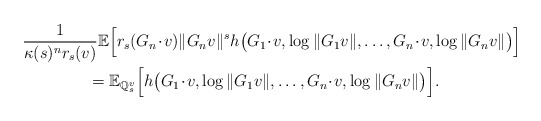
\begin{align*} &\frac{1}{\kappa(s)^{n} r_{s}(v)}\mathbb{E} \Big[ r_{s}(G_n \!\cdot\! v) \| G_n v\|^s h\big( G_1 \!\cdot\! v, \log \|G_1 v\|, \ldots, G_n \!\cdot\! v, \log \|G_n v\| \big) \Big] \\&\qquad\qquad=\mathbb{E}_{\mathbb{Q}_{s}^{v}} \Big[ h\big( G_1 \!\cdot\! v, \log \|G_1 v\|, \ldots, G_n \!\cdot\! v, \log \|G_n v\| \big) \Big].\end{align*}